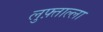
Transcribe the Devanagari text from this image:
लुफ़्ताल्ला